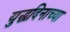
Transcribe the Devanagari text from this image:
युद्धदिनाच्या